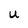
Character: U